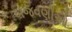
બજવણીઓ